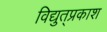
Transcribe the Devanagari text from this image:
विद्युत्‌प्रकाश